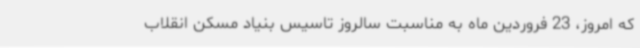
که امروز، 23 فروردین ماه به مناسبت سالروز تاسیس بنیاد مسکن انقلاب